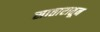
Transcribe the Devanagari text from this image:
सातारातून